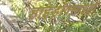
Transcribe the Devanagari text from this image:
हाइड्रॉक्साइडों